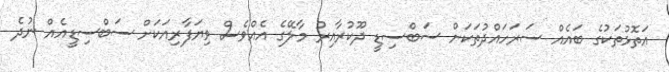
އަތޮޅުތަކުގެ ބައެއް ސަރަހައްދުތަކަށް ސަބްސިޑީ ދޫކުރާއިރު މާލޭގެ އެއްވެސް ވިޔަފާރިއަކަށް ސަބްސިޑީއެއް ނުދެ